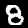
Label: 8